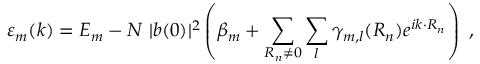
\varepsilon _ { m } ( { \boldsymbol { k } } ) = E _ { m } - N \ | b ( 0 ) | ^ { 2 } \left( \beta _ { m } + \sum _ { { \boldsymbol { R _ { n } } } \neq 0 } \sum _ { l } \gamma _ { m , l } ( { \boldsymbol { R _ { n } } } ) e ^ { i { \boldsymbol { k } } \cdot { \boldsymbol { R _ { n } } } } \right) \ ,